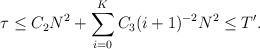
\begin{align*}\tau\le C_2N^2+\sum_{i=0}^K C_3(i+1)^{-2}N^2\le T'.\end{align*}